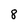
Character: 8